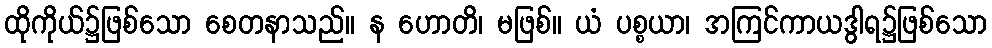
ထိုကိုယ်၌ဖြစ်သော စေတနာသည်။ န ဟောတိ၊ မဖြစ်။ ယံ ပစ္စယာ၊ အကြင်ကာယဒွါရ၌ဖြစ်သော